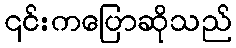
၎င်းကပြောဆိုသည်